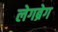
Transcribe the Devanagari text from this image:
लेगब्रेग